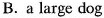
B. a large dog